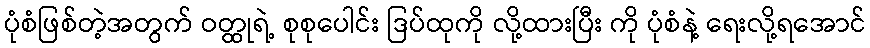
ပုံစံဖြစ်တဲ့အတွက် ဝတ္ထုရဲ့ စုစုပေါင်း ဒြပ်ထုကို လို့ထားပြီး ကို ပုံစံနဲ့ ရေးလို့ရအောင်